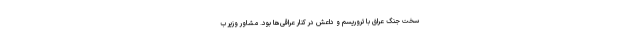
سخت جنگ عراق با تروریسم و داعش در کنار عراقی‌ها بود. مشاور وزیر ب